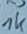
Text: 1K